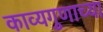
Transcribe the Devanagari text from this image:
काव्यगुणाच्या